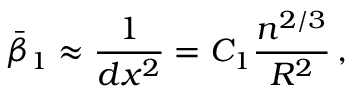
\bar { \beta } _ { 1 } \approx \frac { 1 } { d x ^ { 2 } } = C _ { 1 } \frac { n ^ { 2 / 3 } } { R ^ { 2 } } \, ,